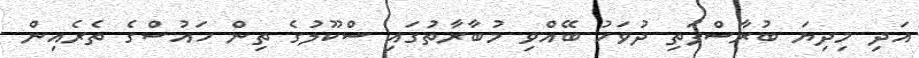
އަދި މިދިޔަ ބުރާސްފަތި ދުވަހު ބޭއްވި މުބާރާތުގައި ސްކޫލުގެ ތިން ހައުސްގެ ތެރެއިން